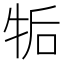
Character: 㸸